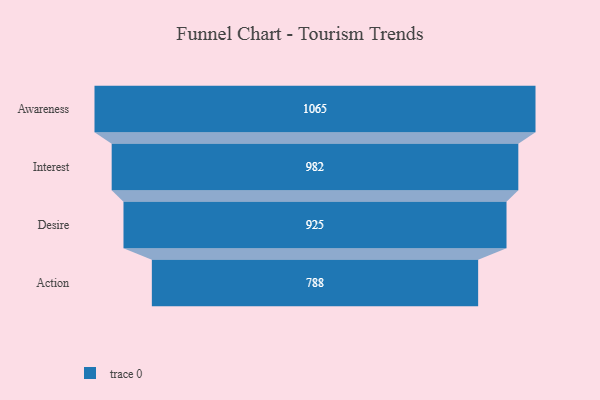
{"axis": {"x": "Stage", "y": "Value"}, "legend": [""], "data": [{"x": "Awareness", "y": 1065.0, "type": ""}, {"x": "Interest", "y": 982.0, "type": ""}, {"x": "Desire", "y": 925.0, "type": ""}, {"x": "Action", "y": 788.0, "type": ""}]}